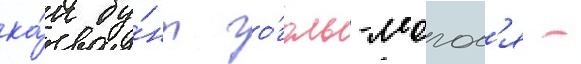
ка́к бу́нт го́голь-могол'я -